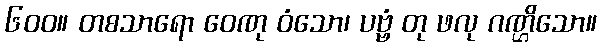
၆၀၀။ တစသာရော ဝေဏု ဝံသော၊ ပဗ္ဗံ တု ဖလု ဂဏ္ဌိသော။